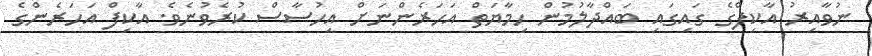
ނުވާއިރު އާކިފްގެ ގައިގައި ބައްދާލުމުން ހިމާޔަތް އަހަރެންނަށް އިހުސާސް ކުރެވުނެވެ. އާކިފް އަހަރެންގެ